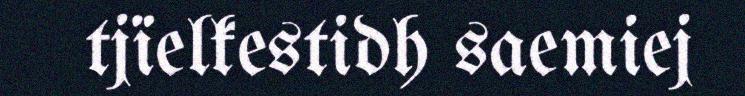
tjïelkestidh saemiej